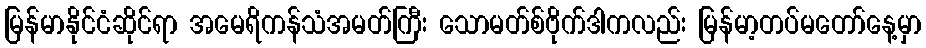
မြန်မာနိုင်ငံဆိုင်ရာ အမေရိကန်သံအမတ်ကြီး သောမတ်စ်ဗိုက်ဒါကလည်း မြန်မာ့တပ်မတော်နေ့မှာ